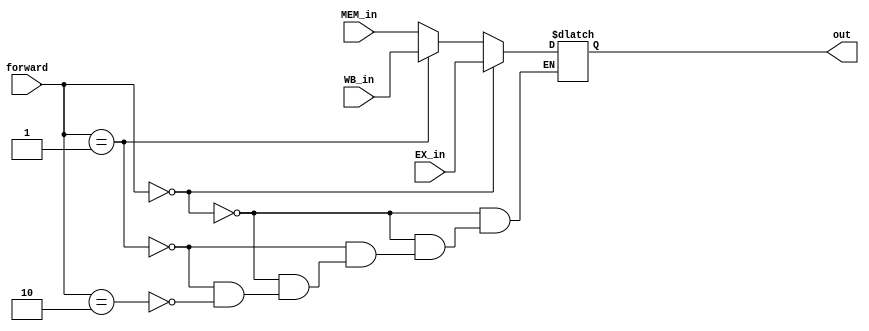
//might use multi-condition-expression to instead it
//function calling might need extra time

//module alu_mux(forward, out, EX_in, WB_in, MEM_in);
//    input [1:0] forward;
//    input [31:0] EX_in, WB_in, MEM_in;
//    output [31:0] out;

module alu_mux(
    input       [1:0] forward,
    output reg  [31:0] out,
    input       [31:0] EX_in, WB_in, MEM_in
);    
    
    always @ (EX_in, WB_in, MEM_in, forward) begin
      if (forward == 2'b00)
        out = EX_in;
      else if (forward == 2'b01)
        out = WB_in;
      else if (forward == 2'b10)
        out = MEM_in;
//        case (forward)
//            2'b00:   begin out = EX_in; end
//            2'b01:   begin out = WB_in; end
//            2'b10:   begin out = MEM_in; end
//        endcase
    end

endmodule